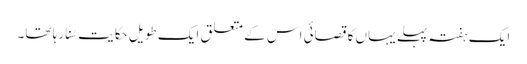
ایک ہفتہ پہلے یہاں کا قصائی اس کے متعلق ایک طویل حکایت سُنا رہا تھا۔